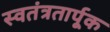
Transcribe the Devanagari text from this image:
स्वतंत्रतार्पूक